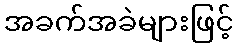
အခက်အခဲများဖြင့်